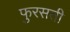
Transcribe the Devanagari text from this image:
फुरसती